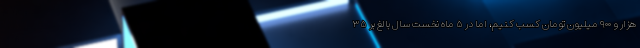
هزار و ۹۰۰ میلیون تومان کسب کنیم، اما در ۵ ماه نخست سال بالغ بر ۳۵